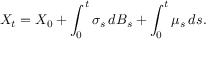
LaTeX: X _ { t } = X _ { 0 } + \int _ { 0 } ^ { t } \sigma _ { s } \, d B _ { s } + \int _ { 0 } ^ { t } \mu _ { s } \, d s .